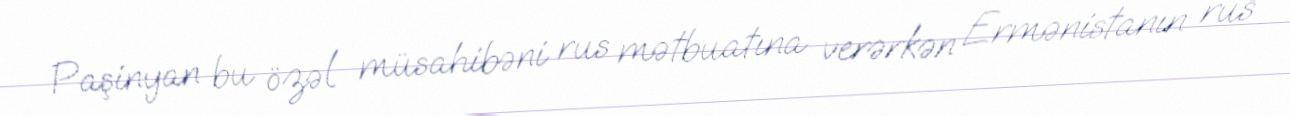
Paşinyan bu özəl müsahibəni rus mətbuatına verərkən Ermənistanın rus